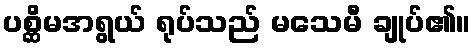
ပစ္ဆိမအရွယ် ရုပ်သည် မသေမီ ချုပ်၏။